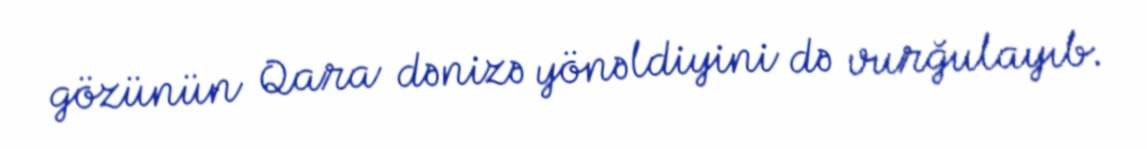
gözünün Qara dənizə yönəldiyini də vurğulayıb.